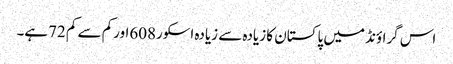
اس گراؤنڈ میں پاکستان کا زیادہ سے زیادہ اسکور608اورکم سے کم 72ہے۔